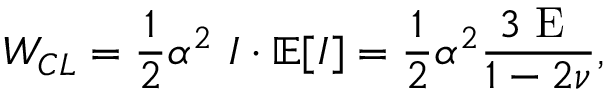
W _ { C L } = \frac { 1 } { 2 } \alpha ^ { 2 } \ \boldsymbol { I } \cdot \mathbb { E } [ \boldsymbol { I } ] = \frac { 1 } { 2 } \alpha ^ { 2 } \frac { 3 \textup { E } } { 1 - 2 \nu } ,